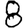
Digit: 8